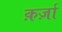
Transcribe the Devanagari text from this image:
क़र्ज़ा